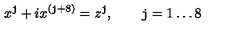
x ^ { \tt j } + i x ^ { ( { \tt j } + 8 ) } = z ^ { \tt j } , \qquad { \tt j } = 1 \ldots 8